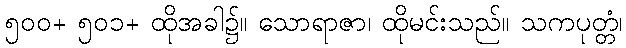
၅၀၀+ ၅၀၁+ ထိုအခါ၌။ သောရာဇာ၊ ထိုမင်းသည်။ သကပုတ္တံ၊